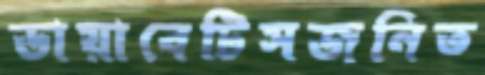
ডায়াবেটিসজনিত